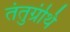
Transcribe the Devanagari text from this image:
तंतुग्रंथि